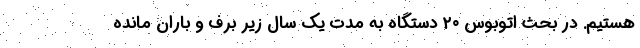
هستیم. در بحث اتوبوس ۲۰ دستگاه به مدت یک سال زیر برف و باران مانده